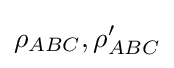
\rho _{ABC},\rho _{ABC}'